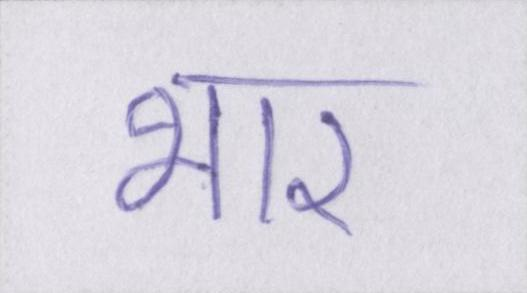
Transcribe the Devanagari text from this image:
भार